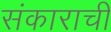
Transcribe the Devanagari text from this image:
संकाराची